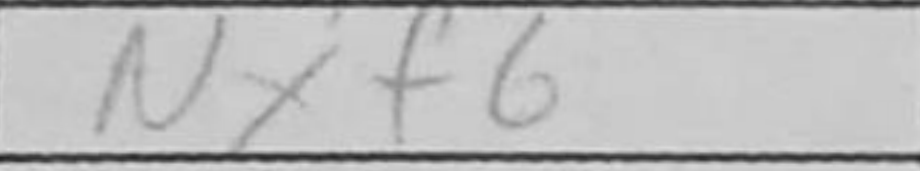
Transcription: Nxf6